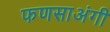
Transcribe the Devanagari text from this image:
फणसाअंगी